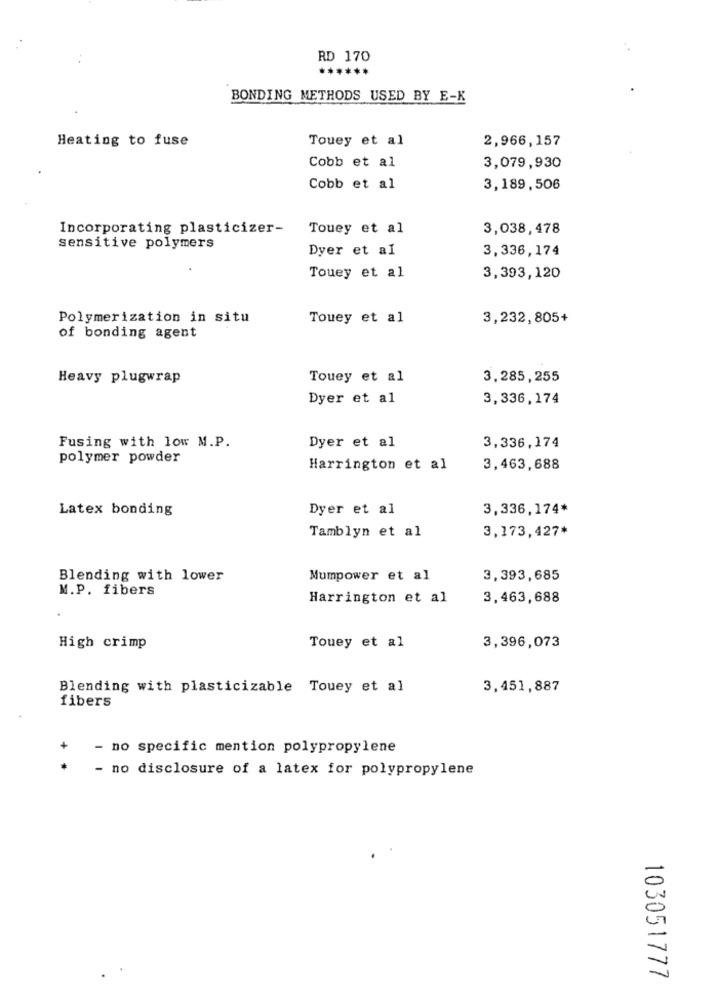
RD 170
******
BONDING METHODS USED BY E-K
Heating to fuse
Touey et al
2,966,157
Cobb et al
3,079,930
Cobb et al
3,189,506
Incorporating plasticizer-
Touey et al
3,038,478
sensitive polymers
Dyer et al
3,336,174
Touey et al
3,393,120
Polymerization in situ
Touey et al
3,232,805+
of bonding agent
Heavy plugwrap
Touey et al
3,285,255
Dyer et al
3,336,174
Fusing with low M.P.
Dyer et al
3,336,174
polymer powder
Harrington et al
3,463,688
Latex bonding
Dyer et al
3,336,174*
Tamblyn et al
3,173,427*
Blending with lower
Mumpower et al
3,393,685
M.P. fibers
Harrington et al
3,463,688
High crimp
Touey et al
3,396,073
Blending with plasticizable Touey et al
3,451,887
fibers
- no specific mention polypropylene
- no disclosure of a latex for polypropylene
103051777